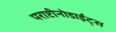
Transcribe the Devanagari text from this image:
पराप्टीनोडाईट्स